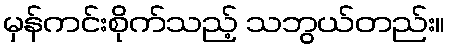
မှန်ကင်းစိုက်သည့် သဘွယ်တည်း။